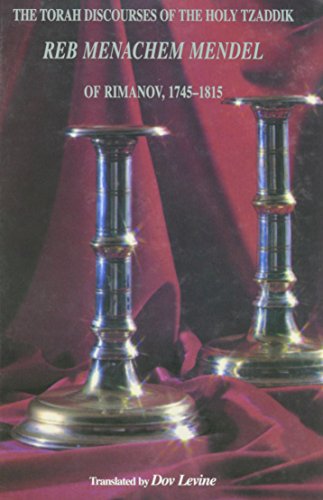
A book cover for The Torah Discourses of the Holy Tzaddik Reb Menachem Mendel of Rimanov 1745-1815; Menahem Mendel Rymanower; Religion & Spirituality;